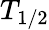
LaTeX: T_{1/2}